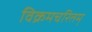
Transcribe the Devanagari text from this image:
विक्रमचरितम्